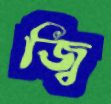
জ্বি